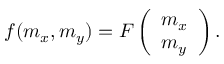
f ( m _ { x } , m _ { y } ) = F \left( \begin{array} { l } { m _ { x } } \\ { m _ { y } } \end{array} \right) .